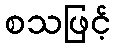
စသဖြင့်